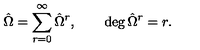
{ \hat { \Omega } } = \sum _ { r = 0 } ^ { \infty } { \hat { \Omega } } ^ { r } , \qquad \deg { { \hat { \Omega } ^ { r } } } = r .